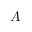
A